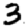
Digit: 3